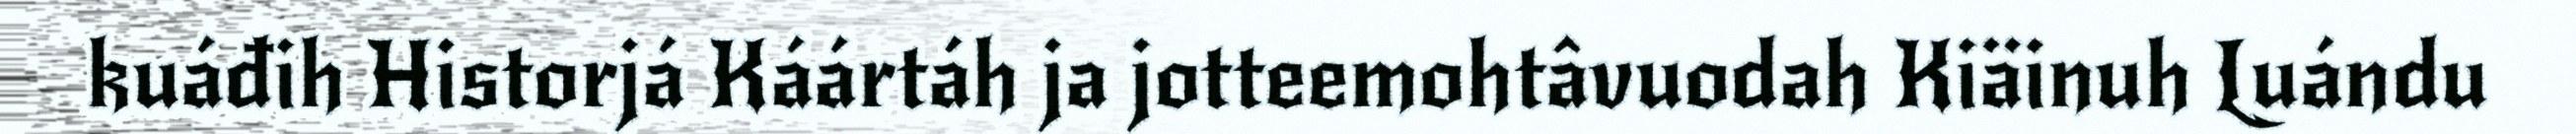
kuáđih Historjá Káártáh ja jotteemohtâvuodah Kiäinuh Luándu